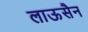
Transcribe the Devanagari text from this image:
लाऊसैन